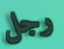
رجل